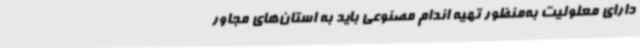
دارای معلولیت به‌منظور تهیه اندام مصنوعی باید به استان‌های مجاور